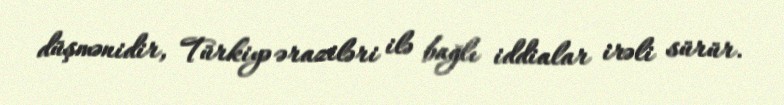
düşmənidir, Türkiyə əraziləri ilə bağlı iddialar irəli sürür.